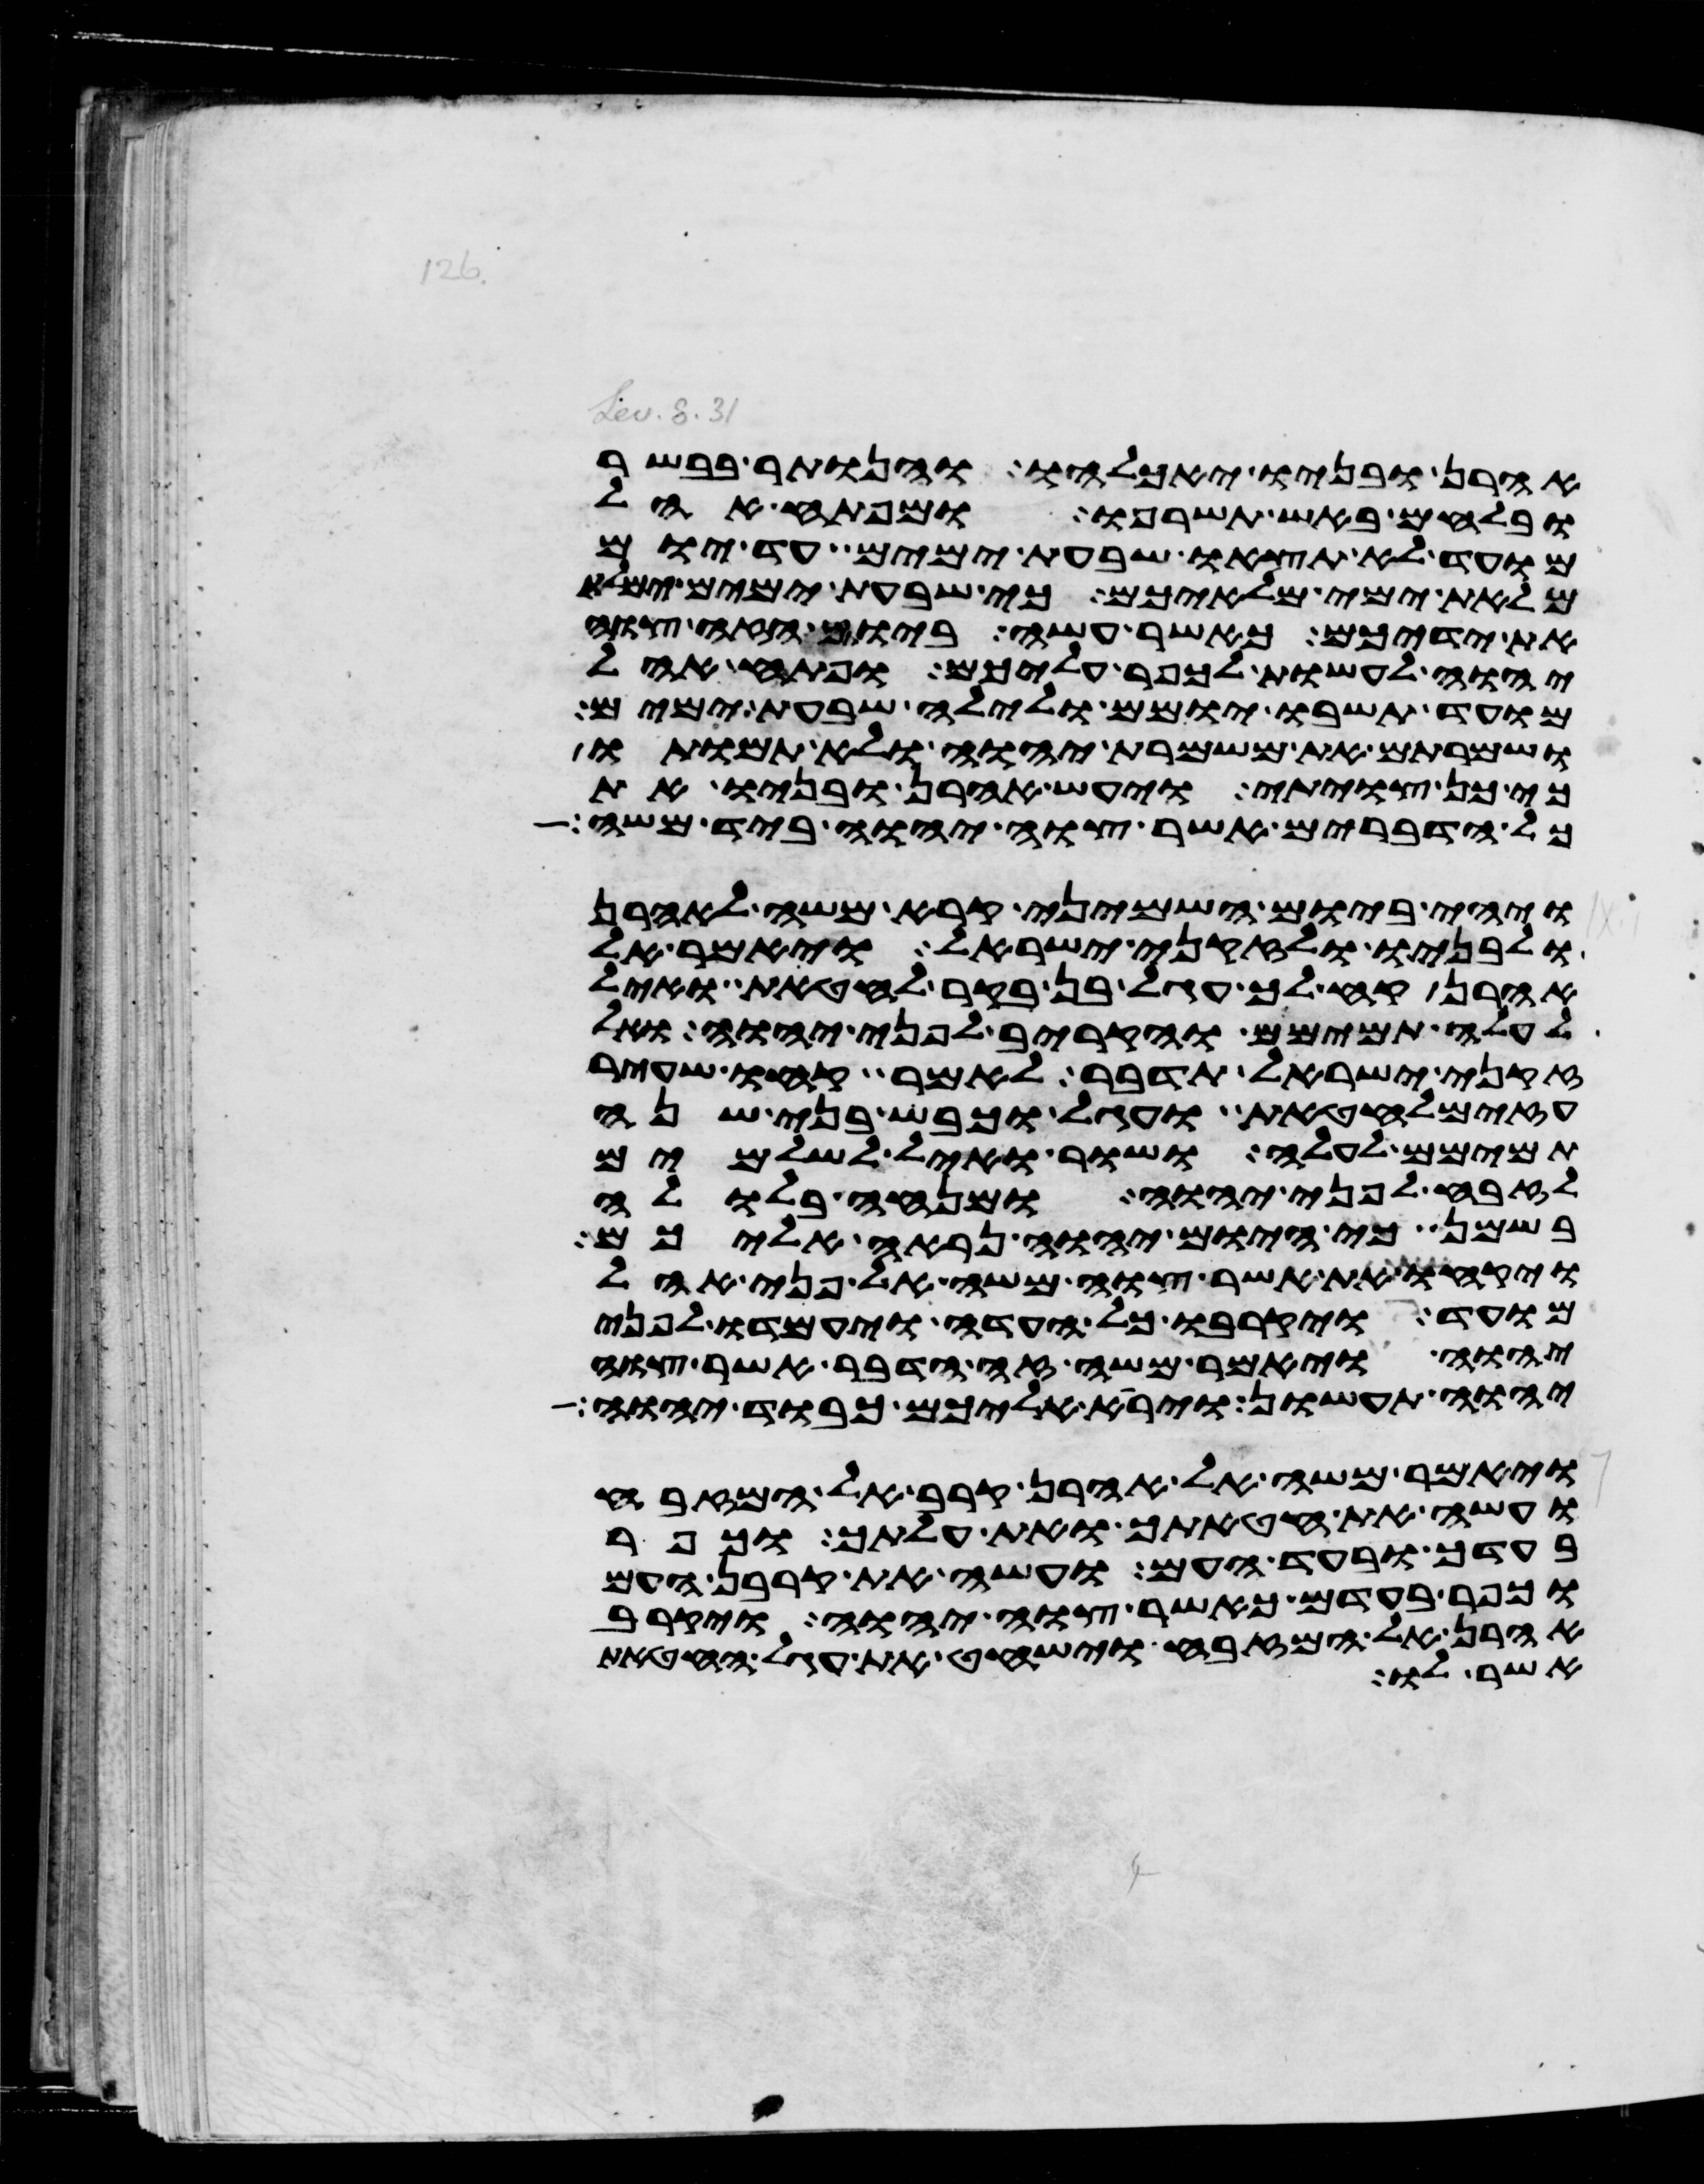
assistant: אהרן ובניו יאכלהו והנותר בבשר
ובלחם באש תשרפו ומפתח אהל
מועד לא תצאו שבעת ימים עד יום
מלאת ימי מלאיכם כי שבעת ימים ימלא
את ידיכם כאשר עשה ביום הזה צוה
יהוה לעשות לכפר עליכם ופתח אהל
מועד תשבו יומם ולילה שבעת ימים
ושמרתם את משמרת יהוה ולא תמותו
כי כן צויתי ויעש אהרן ובניו את
כל הדברים אשר צוה יהוה ביד משה
ויהי ביום השמיני קרא משה לאהרן
ולבניו ולזקני ישראל ויאמר אל
אהרן קח לך עגל בן בקר לחטאת ואיל
לעלה תמימם והקריב לפני יהוה ואל
זקני ישראל תדבר לאמר קחו שעיר
עזים לחטאת ועגל וכבש בני שנה
תמימם לעלה ושור ואיל לשלמים
לזבח לפני יהוה ומנחה בלולה
בשמן כי היום יהוה נראה אליכם
ויקחו את אשר צוה משה אל פני אהל
מועד ויקרבו כל העדה ויעמדו לפני
יהוה ויאמר משה זה הדבר אשר צוה
יהוה תעשון ויראה אליכם כבוד יהוה
ויאמר משה אל אהרן קרב אל המזבח
ועשה את חטאתך ואת עלתך וכפר
בעדך ובעד העם ועשה את קרבן העם
וכפר בעדם כאשר צוה יהוה ויקרב
אהרן אל המזבח וישחט את עגל החטאת
אשר לו